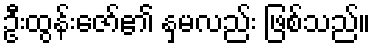
ဦးထွန်းဇော်၏ နှမလည်း ဖြစ်သည်။